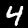
Label: 4